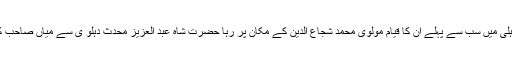
1237ھ میں وطن سے روانہ ہوئے اور 1243ھ میں دہلی پہنچ گئے اور 6 سال کی مدت بنتی ہے دہلی میں سب سے پہلے ان کا قیام مولوی محمد شجاع الدین کے مکان پر رہا حضرت شاہ عبد العزیز محدث دہلو ی سے میاں صاحب کی ملاقات نہ ہو سکی وہ 1239ھ میں رحلت فرما چکے تھے اور چار سال کا عرصہ بیت چکا تھا ۔